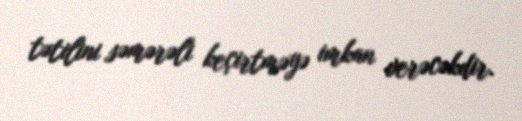
tətilini səmərəli keçirtməyə imkan verəcəkdir.